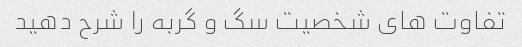
تفاوت های شخصیت سگ و گربه را شرح دهید